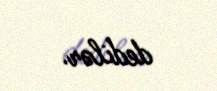
dedilər.